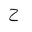
Letter: _ha